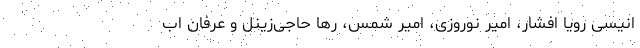
انیسی رویا افشار، امیر نوروزی، امیر شمس، رها حاجی‌زینل و عرفان اب